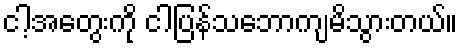
ငါ့အတွေးကို ငါပြန်သဘောကျမိသွားတယ်။